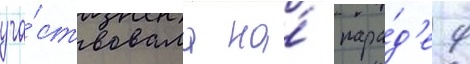
уча́ствовала на́ пара́д'е 9